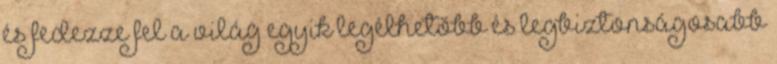
és fedezze fel a világ egyik legélhetőbb és legbiztonságosabb